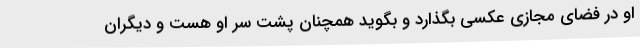
او در فضای مجازی عکسی بگذارد و بگوید همچنان پشت سر او هست و دیگران